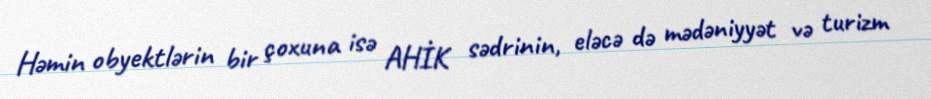
Həmin obyektlərin bir çoxuna isə AHİK sədrinin, eləcə də mədəniyyət və turizm